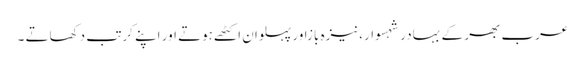
عرب بھر کے بہادر شہسوار،نیزہ بازاور پہلوان اکٹھے ہوتے اور اپنے کرتب دکھاتے ۔